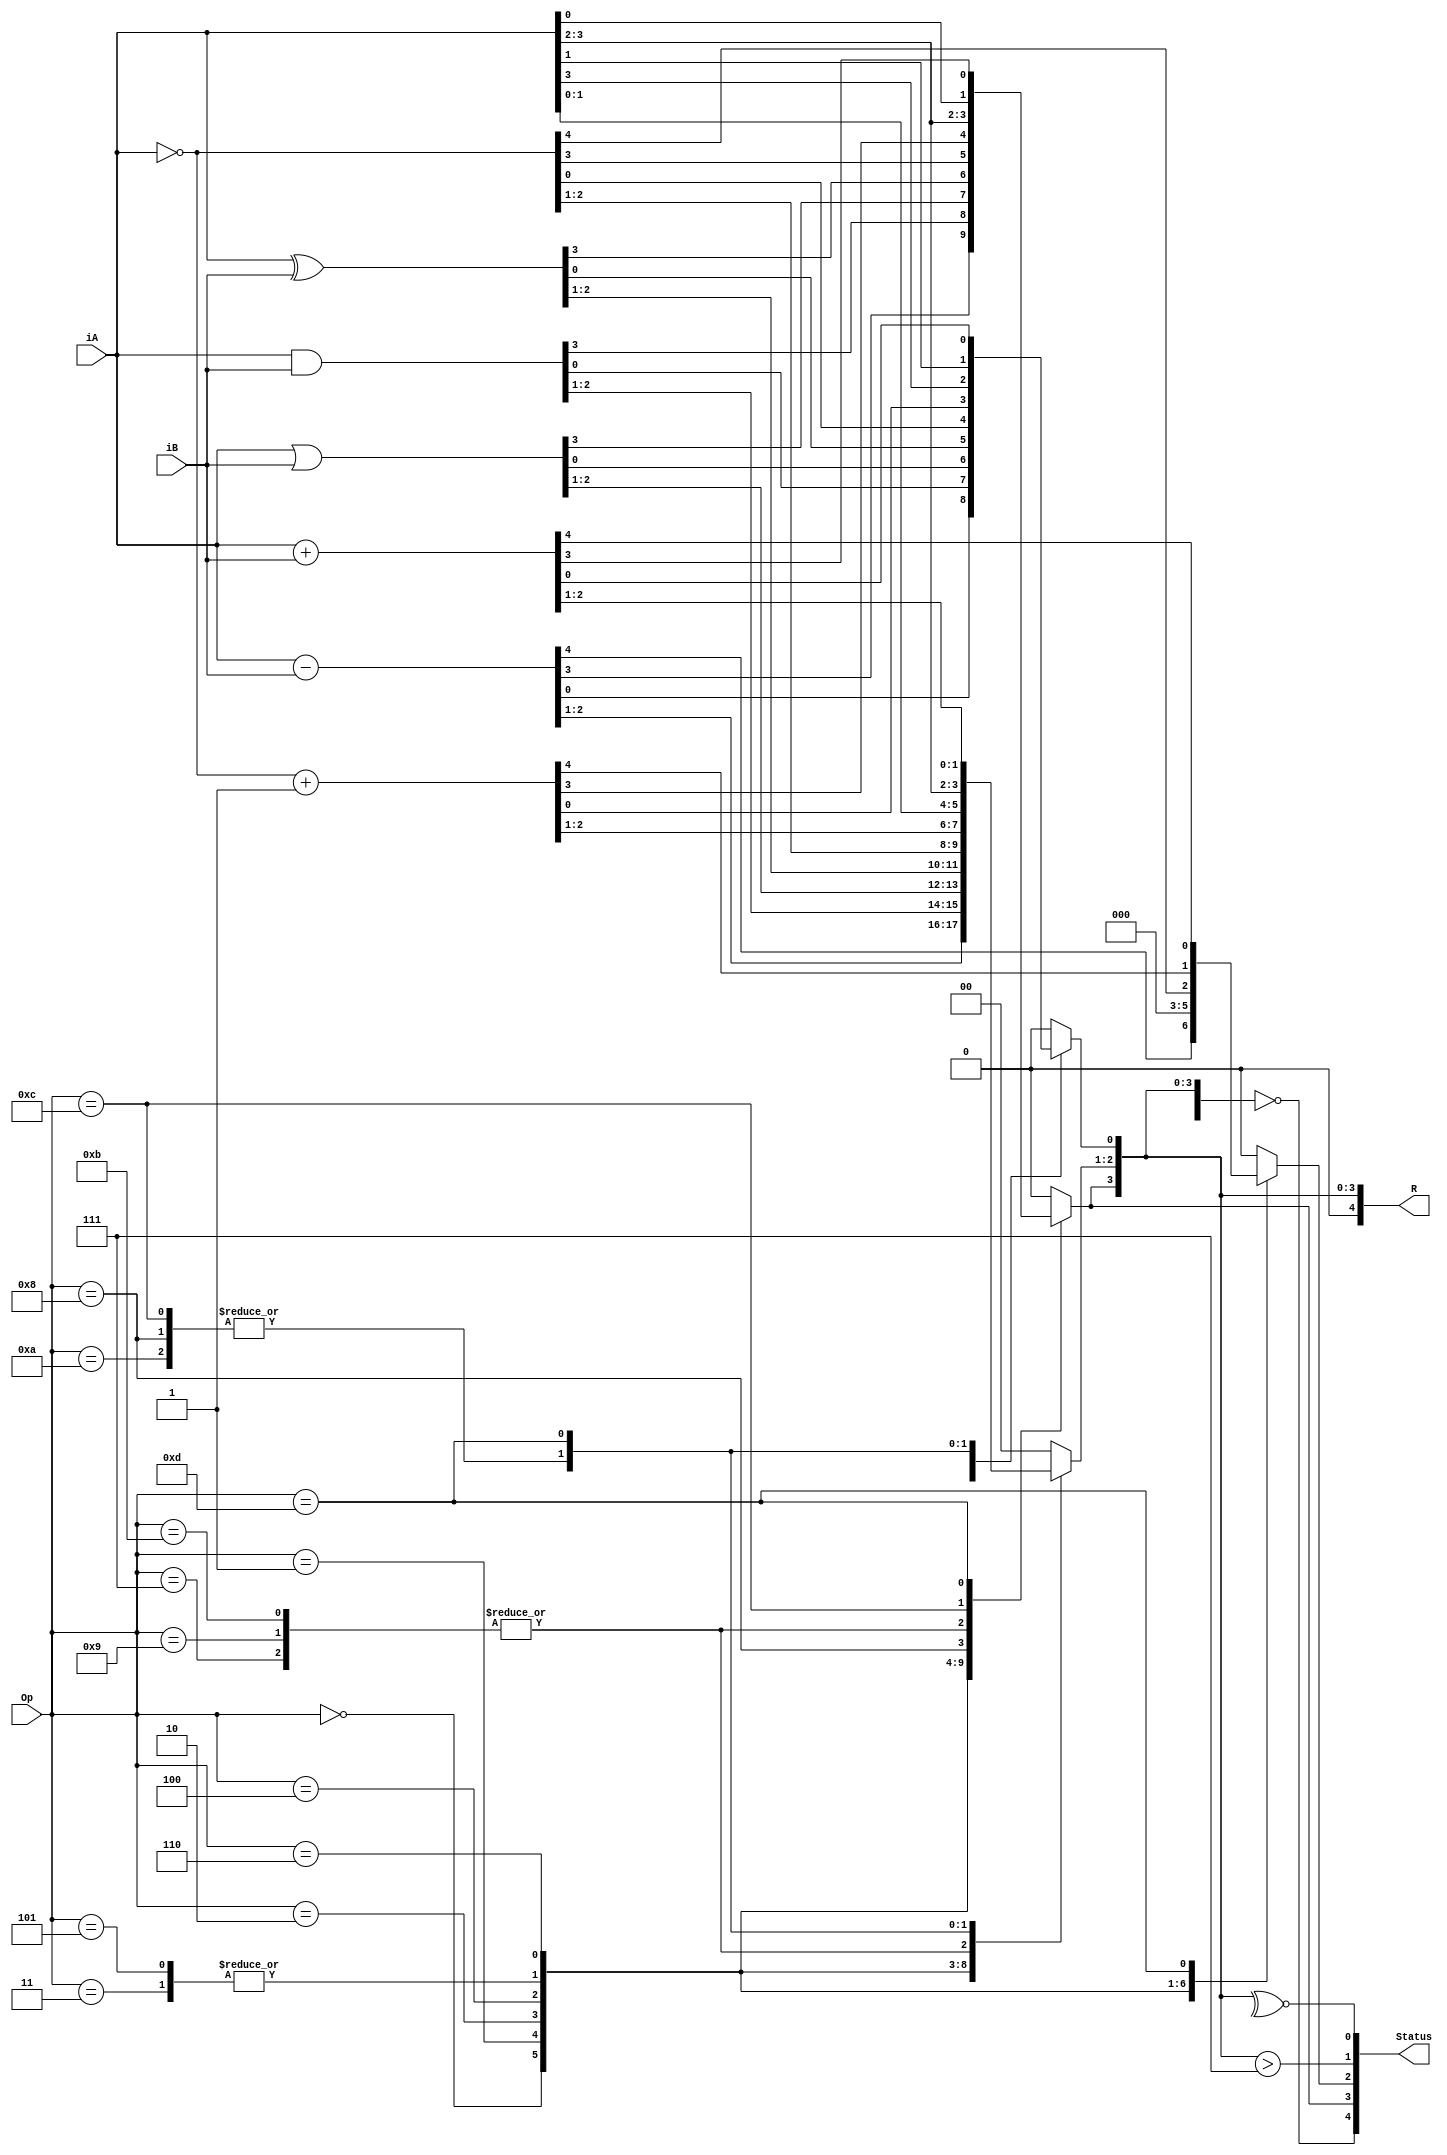
module UnidadAritmetica(
	input [3:0] iA,
	input [3:0] iB,
	input [3:0] Op,
	output [4:0] Status,
	output [4:0] R

);

reg [4:0] temp = 5'd0;

always @(*)
begin
	temp = 0;
	case (Op)
			0: 	temp = iA - iB;					//Resta
			1: 	temp = iA & iB;					//And
			2:		temp = iA | iB;					//Or
			3: 	temp = ~iA;							//Not
			4: 	temp = iA ^ iB;					//XOr
			5: 	temp = ~iA;							//Complemento a 1
			6: 	temp = ~iA  + 4'b0001;			//Complemento a 2
			7: 	begin
						temp[3:1] = iA[2:0];			//Recorrimiento arit izquierda
						temp[0] = 0;
					end
			8: 	begin
						temp[3] = iA[3];				//Recorrimiento arit derecha
						temp[2:0] = iA[3:1];
					end
			9: 	begin
						temp[3:1] = iA[2:0];			//Recorrimiento log izquierda
						temp[0] = 0;
					end
			10:	begin
						temp[3] = 0;					//Recorrimiento log derecha
						temp[2:0] = iA[3:1];
					end
			11:	begin
						temp[0] = iA[3];				//Recorrimiento circular izquierda
						temp[3:1] = iA[2:0];
					end
			12:	begin
						temp[3] = iA[0];				//Recorrimiento circular derecha
						temp[2:0] = iA[3:1];
					end
			13:	temp = iA + iB;					//Suma
	endcase
end



assign Status[4] = temp == 0;
assign Status[3] = temp[3];
assign Status[2] = temp[4];


assign Status[1] = (temp[3:0] > 4'd7);
//assign Status[1] = ~((temp[3:0] < 4'd7) && (temp[3:0] > (0-8)));
//assign Status[1] =  (temp[4:3] == 2'b01);


assign Status[0] = ~^temp[3:0];

assign R = temp[3:0];



endmodule